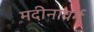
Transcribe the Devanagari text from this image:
मदीनावर्म